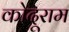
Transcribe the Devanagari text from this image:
कोदूराम